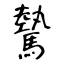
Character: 驇